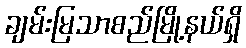
ချမ်းမြသာစည်မြို့နယ်ရှိ